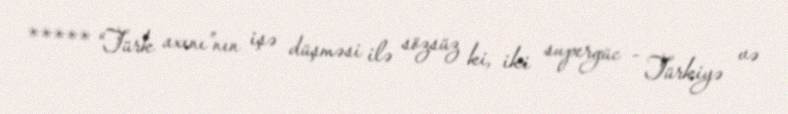
***** “Türk axını”nın işə düşməsi ilə sözsüz ki, iki supergüc - Türkiyə və